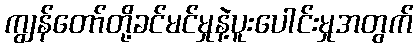
ကျွန်တော်တို့ခင်မင်မှုနဲ့ပူးပေါင်းမှုအတွက်